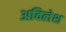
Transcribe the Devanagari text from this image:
अविलेश